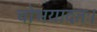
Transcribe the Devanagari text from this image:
चोभयादतः।